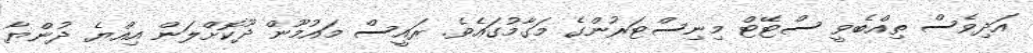
އަދިވެސް ތިއްބެވީ ސްޓޭޓް މިނިސްޓަރުންގެ މަގާމުގައެވެ. ރައީސް މައުމޫން ދޫކޮށްލަން އިއްޔެ ދުންޔާ